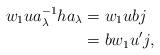
LaTeX: \begin{align*}w_1ua_{\lambda}^{-1}ha_{\lambda} &= w_1ubj\\&= bw_1u'j,\end{align*}